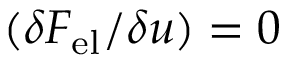
( \delta F _ { \mathrm { { e l } } } / \delta u ) = 0